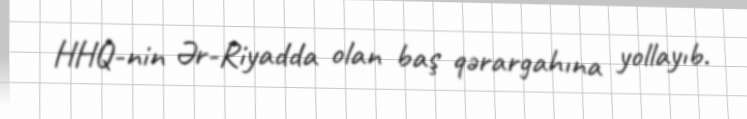
HHQ-nin Ər-Riyadda olan baş qərargahına yollayıb.